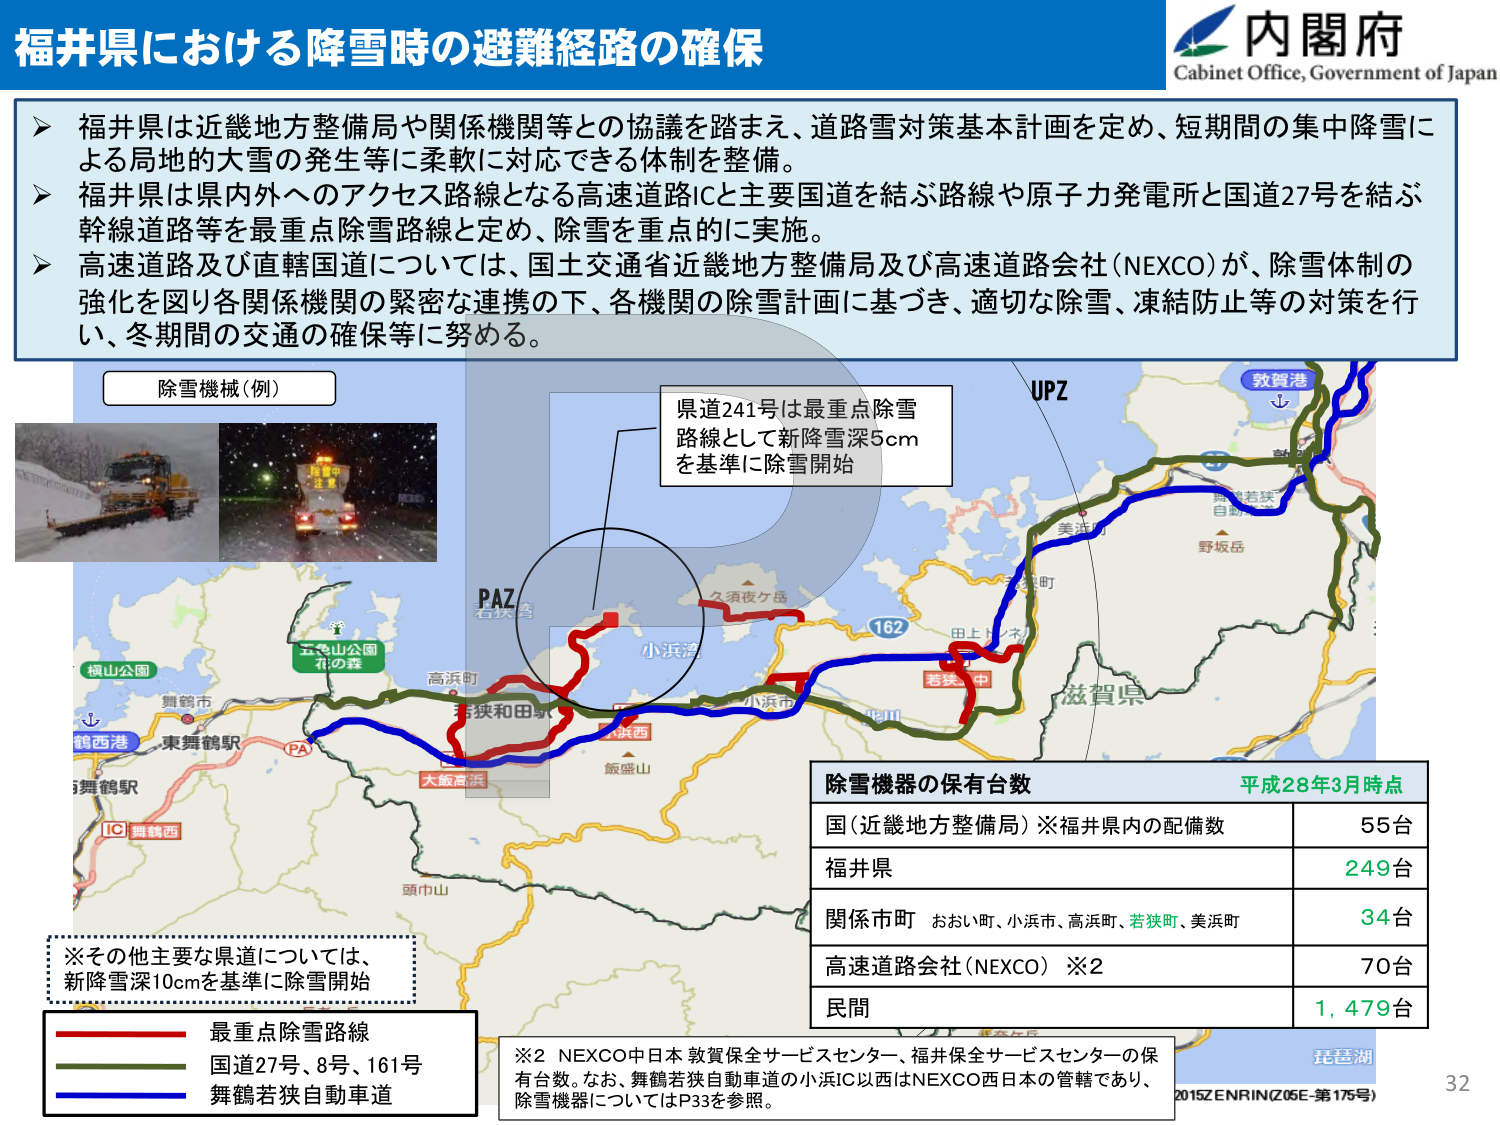
福井県における降雪時の避難経路の確保

内閣府
Cabinet Office, Government of Japan

▶ 福井県は近畿地方整備局や関係機関等との協議を踏まえ、道路雪対策基本計画を定め、短期間の集中降雪による局地的大雪の発生等に柔軟に対応できる体制を整備。
▶ 福井県は県内外へのアクセス路線となる高速道路ICと主要国道を結ぶ路線や原子力発電所と国道27号を結ぶ幹線道路等を最重点除雪路線と定め、除雪を重点的に実施。
▶ 高速道路及び直轄国道については、国土交通省近畿地方整備局及び高速道路会社(NEXCO)が、除雪体制の強化を図り各関係機関の緊密な連携の下、各機関の除雪計画に基づき、適切な除雪、凍結防止等の対策を行い、冬期間の交通の確保等に努める。

除雪機械（例）

県道241号は最重点除雪路線として新降雪深5cmを基準に除雪開始

UPZ

敦賀港
▲
舞鶴若狭自動車道
美浜町
野坂岳
久須夜ケ岳
小浜湾
小浜市
田上トンネル
若狭中
滋賀県
162

PAZ
若狭湾

五老山公園
花の森
高浜町
若狭和田駅
大飯高原
飯盛山
頭巾山
舞鶴市
東舞鶴駅
鶴西港
舞鶴駅
IC 舞鶴西

※その他主要な県道については、
新降雪深10cmを基準に除雪開始

最重点除雪路線
国道27号、8号、161号
舞鶴若狭自動車道

除雪機器の保有台数 平成28年3月時点
国（近畿地方整備局）※福井県内の配備数 55台
福井県 249台
関係市町 おおい町、小浜市、高浜町、若狭町、美浜町 34台
高速道路会社(NEXCO) ※2 70台
民間 1,479台

※2 NEXCO中日本 敦賀保全サービスセンター、福井保全サービスセンターの保有台数。なお、舞鶴若狭自動車道の小浜IC以西はNEXCO西日本の管轄であり、除雪機器についてはP33を参照。

2015ZENRIN(Z05E-第175号)
32